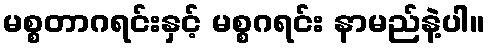
မစ္စတာဂရင်းနှင့် မစ္စဂရင်း နာမည်နဲ့ပါ။